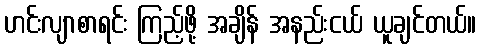
ဟင်းလျာစာရင်း ကြည့်ဖို့ အချိန် အနည်းငယ် ယူချင်တယ်။